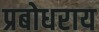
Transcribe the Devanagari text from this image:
प्रबोधराय